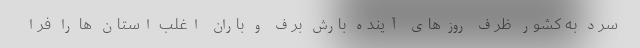
سرد به کشور ظرف روزهای آینده بارش برف و باران اغلب استان ها را فرا